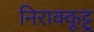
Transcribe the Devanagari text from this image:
निराक्कूट्टू